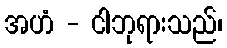
အဟံ - ငါဘုရားသည်၊